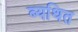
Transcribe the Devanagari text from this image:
ब्यथित